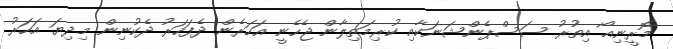
މޮރީނިއޯ އިތުރު ސަސްޕެންޝަނަކާއި ކުރިމަތިލާން ޖެހެނީ އަހަރެން ދެފަހަރު ދެކުނިން މިދިޔަ އަހަރު